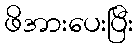
ဖိအားပေးပြီး